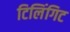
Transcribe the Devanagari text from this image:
टिलिंगिट